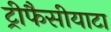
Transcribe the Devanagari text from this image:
ट्रीफैसीयाटा